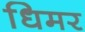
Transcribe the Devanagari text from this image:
धिमर